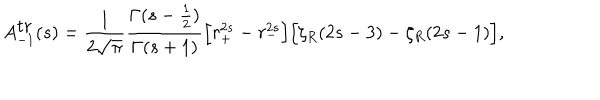
A _ { - 1 } ^ { \mathrm { t r } } ( s ) = { \frac { 1 } { 2 \sqrt { \pi } } } { \frac { \Gamma ( s - { \frac { 1 } { 2 } } ) } { \Gamma ( s + 1 ) } } \Bigr [ r _ { + } ^ { 2 s } - r _ { - } ^ { 2 s } \Bigr ] \Bigr [ \zeta _ { R } ( 2 s - 3 ) - \zeta _ { R } ( 2 s - 1 ) \Bigr ] ,